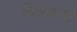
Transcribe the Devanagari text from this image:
चित्रबन्ध